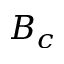
B _ { c }